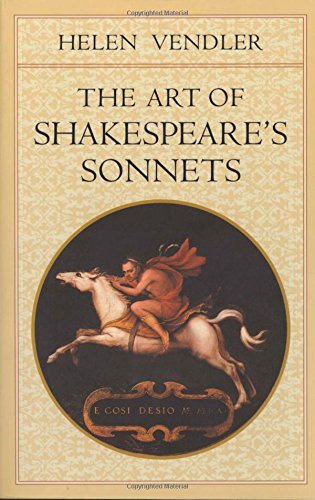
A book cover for The Art of Shakespeare's Sonnets; Helen Vendler; Literature & Fiction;